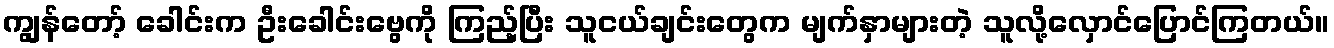
ကျွန်တော့် ခေါင်းက ဦးခေါင်းဗွေကို ကြည့်ပြီး သူငယ်ချင်းတွေက မျက်နှာများတဲ့ သူလို့လှောင်ပြောင်ကြတယ်။